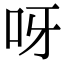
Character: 呀